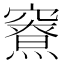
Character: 𰩜